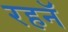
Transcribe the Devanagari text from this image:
रहनॅ